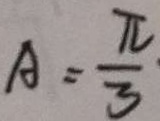
A = \frac { \pi } { 3 } \cdot